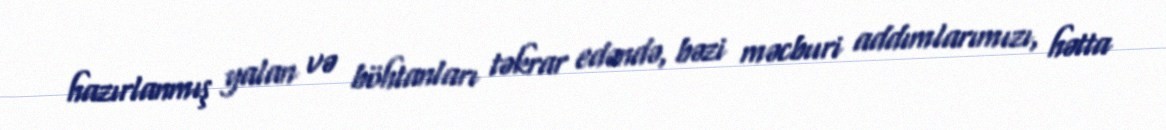
hazırlanmış yalan və böhtanları təkrar edəndə, bəzi məcburi addımlarımızı, hətta